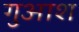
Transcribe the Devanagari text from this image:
गुआश